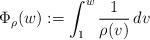
LaTeX: \begin{align*}\Phi_{\rho}(w) := \int_{1}^{w}\frac{1}{\rho(v)}\,dv\end{align*}